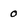
Character: 0